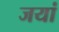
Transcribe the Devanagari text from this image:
जयां